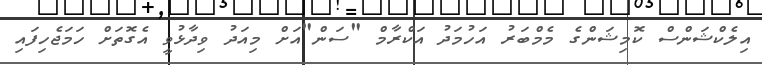
އިލެކްޝަންސް ކޮމިޝަންގެ މެމްބަރު އަހުމަދު އަކްރާމް "ސަން"އަށް މިއަދު ވިދާޅުވީ އެގޮތަށް ހަމަޖެހިފައި